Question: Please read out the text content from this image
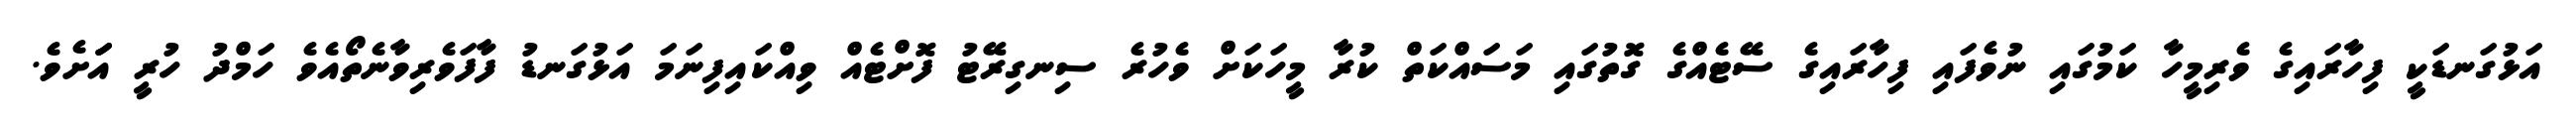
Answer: އަޅުގަނޑަކީ ފިހާރައިގެ ވެރިމީހާ ކަމުގައި ނުވެފައި ފިހާރައިގެ ސޭޓެއްގެ ގޮތުގައި މަސައްކަތް ކުރާ މީހަކަށް ވެހުރެ ސިނގިރޭޓު ފޮށްޓެއް ވިއްކައިފިނަމަ އަޅުގަނޑު ފާފަވެރިވާނެތޯއެވެ ހަމްދު ހުރީ އަަށެވެ.